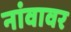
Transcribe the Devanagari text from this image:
नांवावर